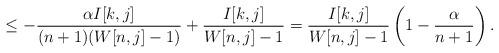
LaTeX: \begin{align*} \leq-\dfrac{\alpha I[k,j]}{(n+1)(W[n,j]-1)} + \dfrac{I[k,j]}{W[n,j]-1}=\dfrac{I[k,j]}{W[n,j]-1} \left( 1-\dfrac{\alpha}{n+1} \right).\end{align*}